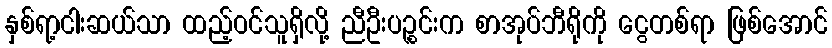
နှစ်ရာ့ငါးဆယ်သာ ထည့်ဝင်သူရှိလို့ ညီဦးပဉ္စင်းက စာအုပ်ဘီရိုကို ငွေတစ်ရာ ဖြစ်အောင်